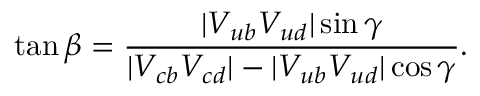
\tan \beta = \frac { | V _ { u b } V _ { u d } | \sin \gamma } { | V _ { c b } V _ { c d } | - | V _ { u b } V _ { u d } | \cos \gamma } .